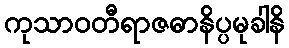
ကုသာဝတီရာဇဓာနိပ္ပမုခါနိ